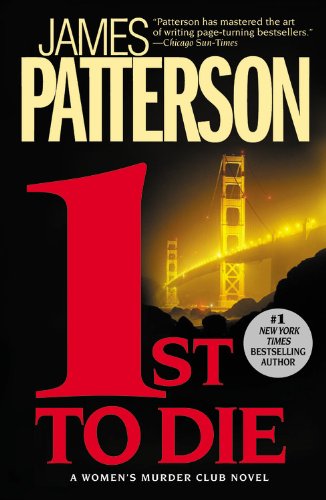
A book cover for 1st to Die (Women's Murder Club); James Patterson; Mystery, Thriller & Suspense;